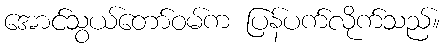
အောင်သွယ်တော်ဝမ်က ပြန်ပက်လိုက်သည်။